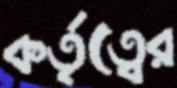
কর্তৃত্বের